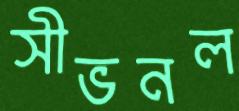
সীভনল